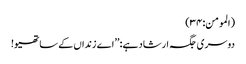
(المومن:۳۴)
دوسری جگہ ارشاد ہے: ’’اے زنداں کے ساتھیو!